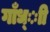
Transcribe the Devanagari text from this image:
गाँध्ाी